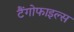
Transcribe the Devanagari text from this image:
टैंगोफाइल्स